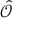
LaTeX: \hat { \mathcal { O } }